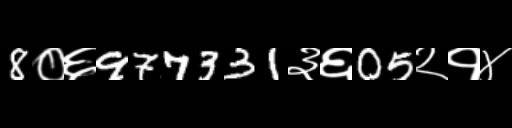
Text: 8०६977331३६05२१४